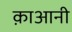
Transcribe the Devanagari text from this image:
क़ाआनी